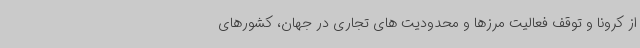
از کرونا و توقف فعالیت مرزها و محدودیت های تجاری در جهان، کشورهای